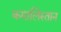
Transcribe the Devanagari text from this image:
कमालिस्तान